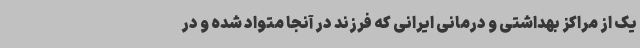
یک از مراکز بهداشتی و درمانی ایرانی که فرزند در آنجا متواد شده و در